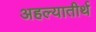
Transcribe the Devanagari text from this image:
अहल्यातीर्थ